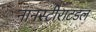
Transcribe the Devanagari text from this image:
नानस्टीराटडल